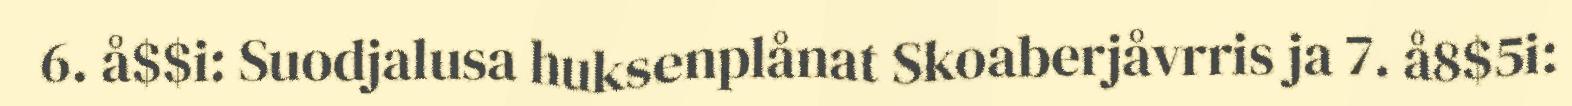
6. å$$i: Suodjalusa huksenplånat Skoaberjåvrris ja 7. å8$5i: